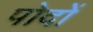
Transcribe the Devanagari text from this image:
पोदों